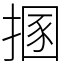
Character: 㨡